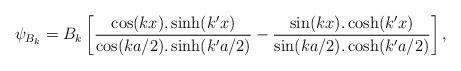
LaTeX: \begin{align*}\psi_{B_{k}}=B_{k}\left[\frac{\cos(kx).\sinh(k'x)}{\cos(ka/2).\sinh(k'a/2)}-\frac{\sin(kx).\cosh(k'x)}{\sin(ka/2).\cosh(k'a/2)}\right],\end{align*}